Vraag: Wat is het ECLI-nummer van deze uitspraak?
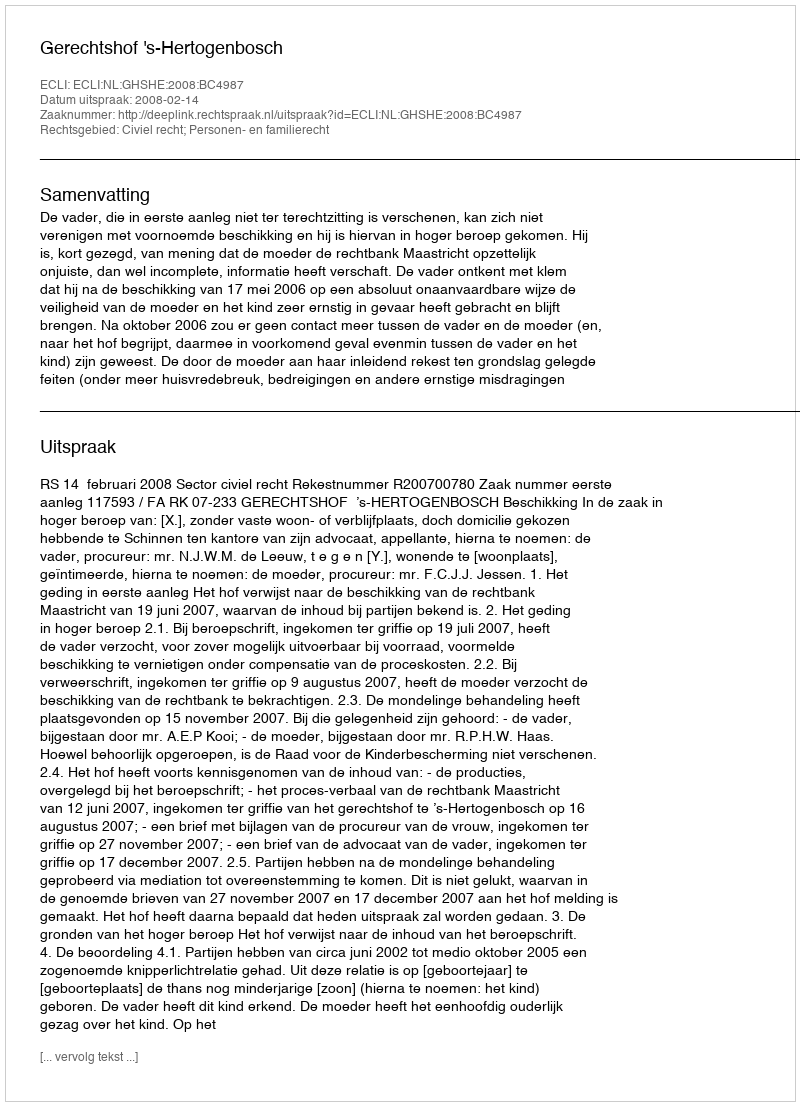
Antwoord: ECLI:NL:GHSHE:2008:BC4987